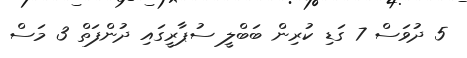
5 ދުވަސް 7 ގަޑި ކުރިން ބަބްލީ ސުޕާރީގައި ދުންފަތް 3 މަސް